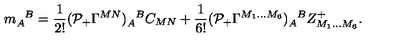
m _ { A } ^ { \phantom { A } B } = \frac { 1 } { 2 ! } ( { \cal P } _ { + } \Gamma ^ { M N } ) _ { A } ^ { \phantom { A } B } C _ { M N } + \frac { 1 } { 6 ! } ( { \cal P } _ { + } \Gamma ^ { M _ { 1 } \ldots M _ { 6 } } ) _ { A } ^ { \phantom { A } B } Z _ { M _ { 1 } \ldots M _ { 6 } } ^ { + } .